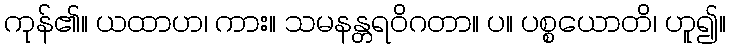
ကုန်၏။ ယထာဟ၊ ကား။ သမနန္တရဝိဂတာ။ ပ။ ပစ္စယောတိ၊ ဟူ၍။